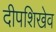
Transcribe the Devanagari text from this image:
दीपशिखेव